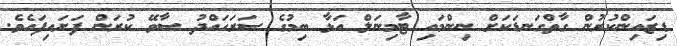
ޑިޒައިންކުރުން ގާތްގަނޑަކަށް ނިންމައި ޓާމިނަލް އަޅާ ބިމުގެ ސަރަހައްދު ސާވޭ ކުރަން ފަށައިފައެވެ.